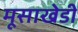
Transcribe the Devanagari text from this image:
मूसाखेडी